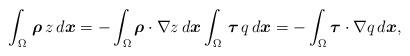
LaTeX: \begin{align*} \int_\Omega \, \boldsymbol{\rho} \, z \, d\boldsymbol{x} = - \int_\Omega \boldsymbol{\rho} \cdot \nabla z \, d\boldsymbol{x} \int_\Omega \, \boldsymbol{\tau} \, q \, d\boldsymbol{x} = - \int_\Omega \boldsymbol{\tau} \cdot \nabla q \, d\boldsymbol{x}, \end{align*}